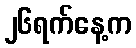
၂၆ရက်နေ့က